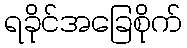
ရခိုင်အခြေစိုက်